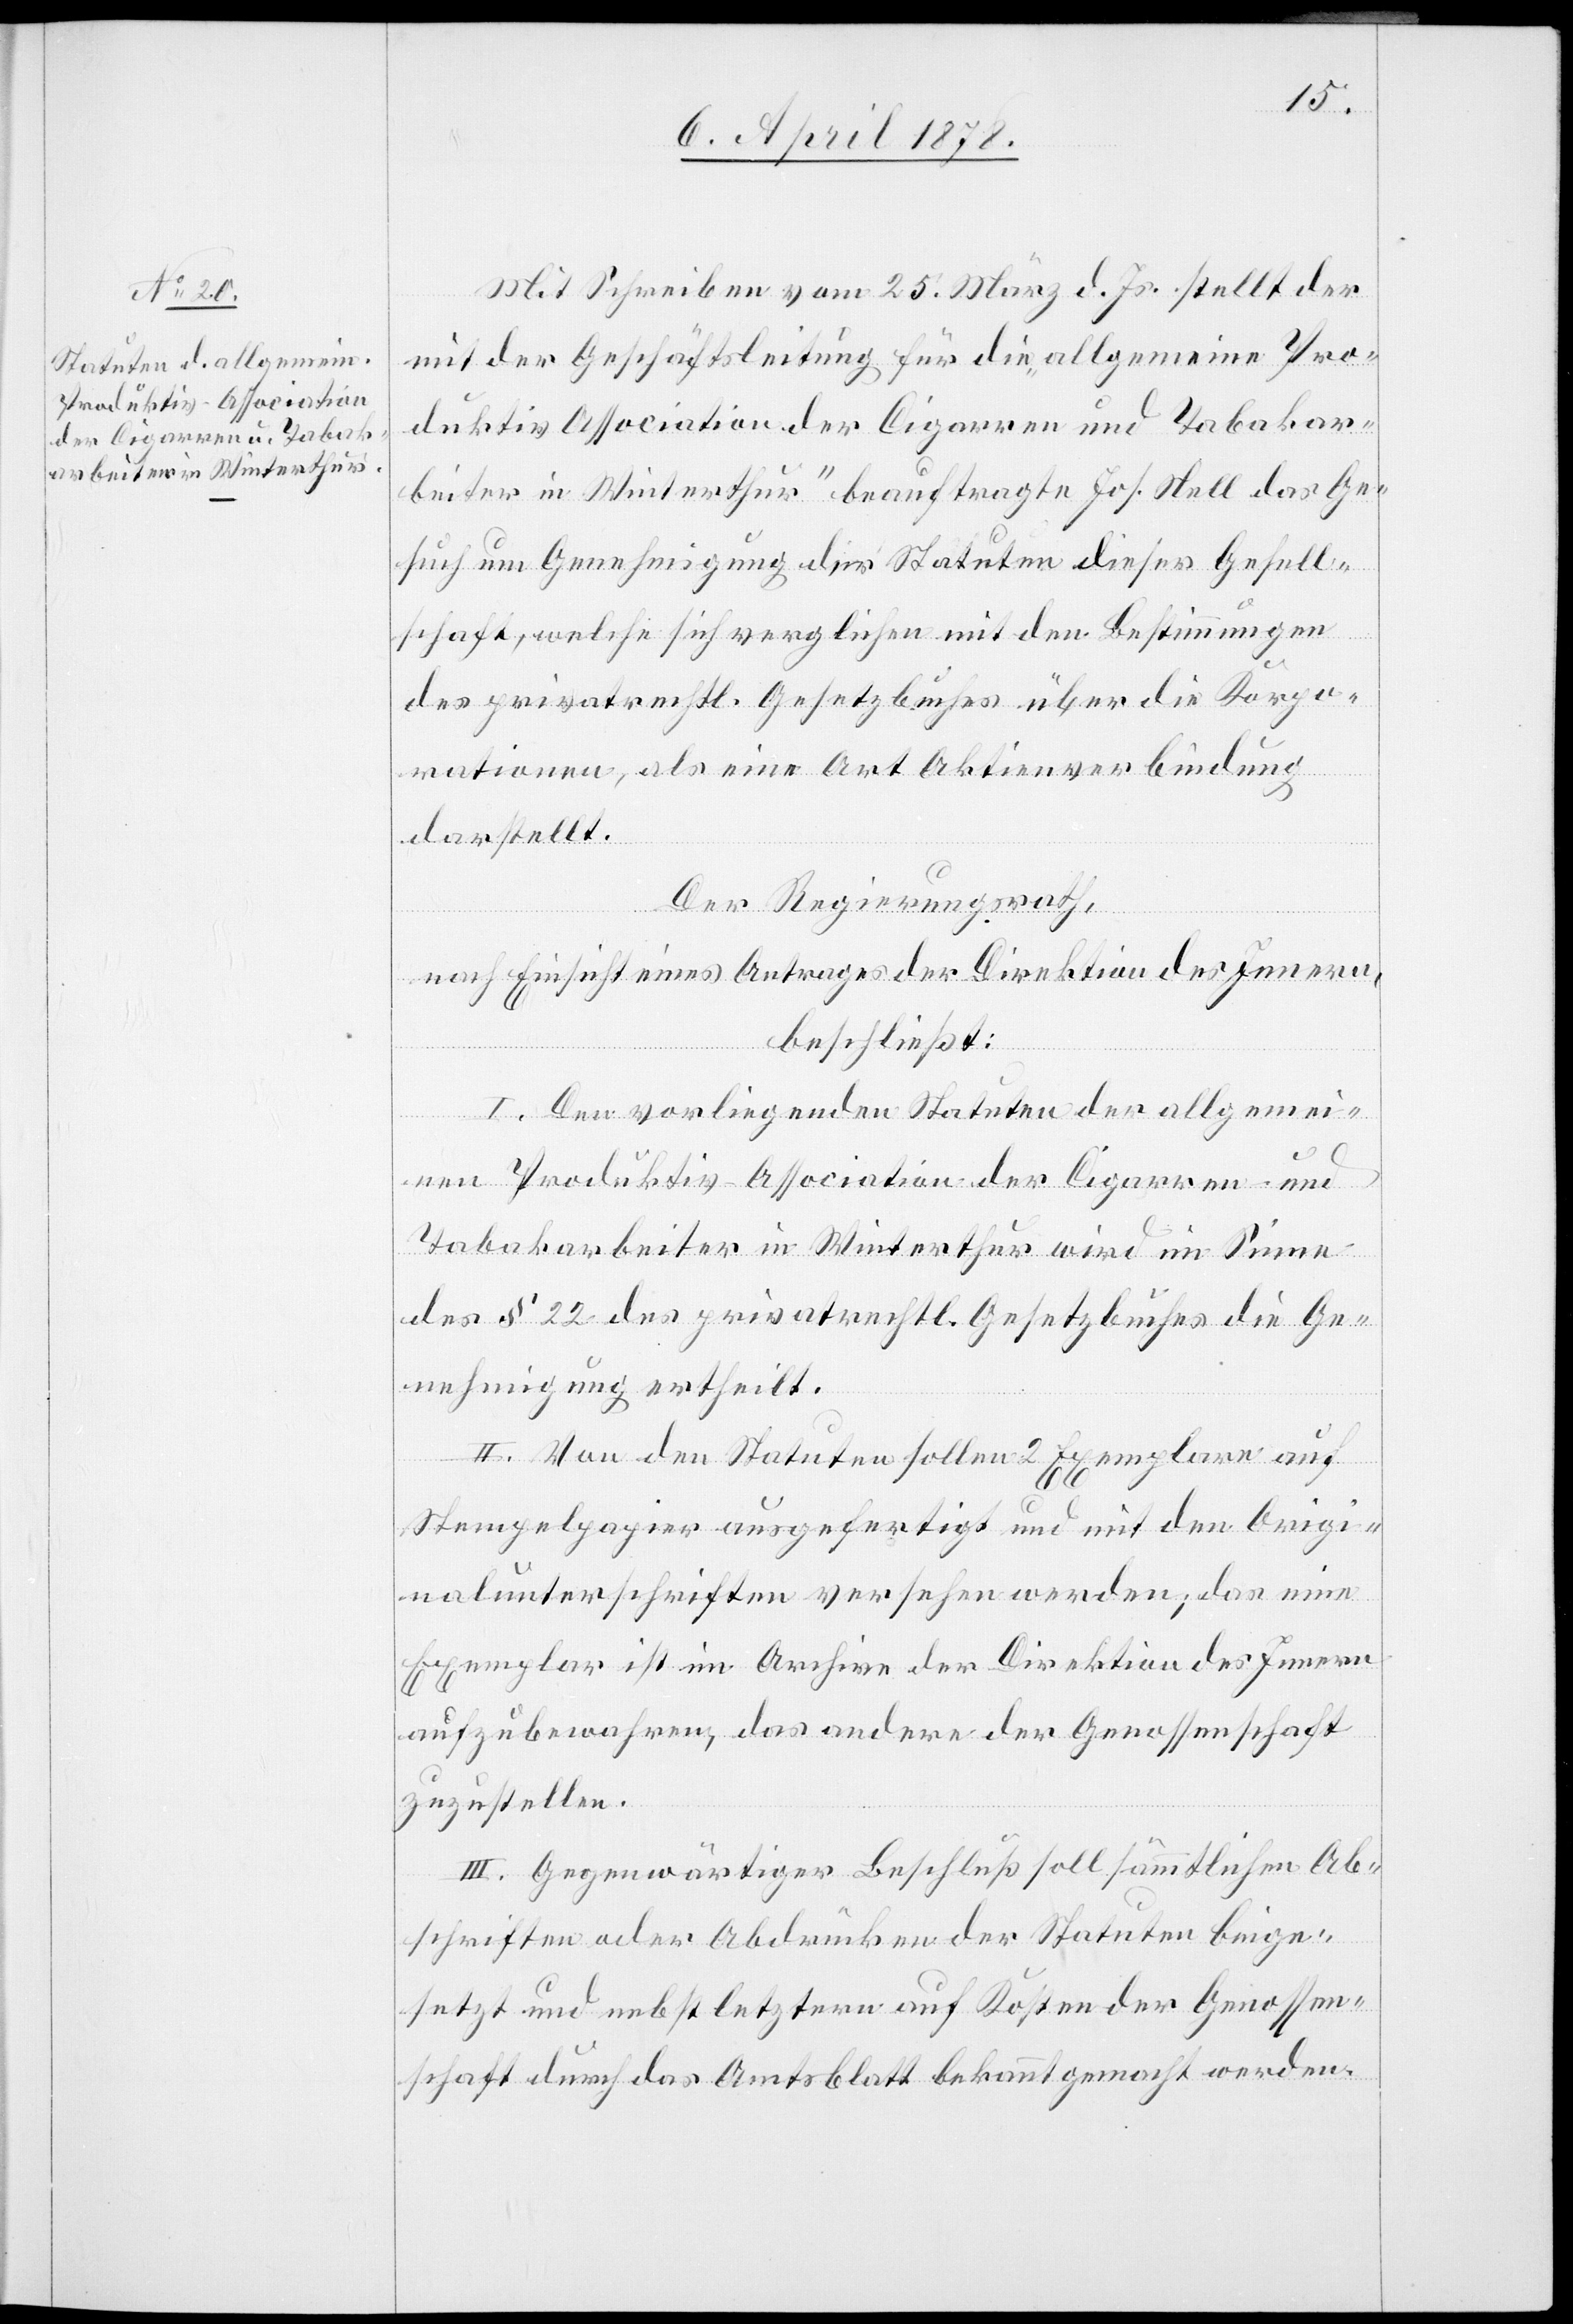
Mit Schreiben vom 25. März d. Js. stellt der
mit der Geschäftsleitung für die „allgemeine Pro¬
duktiv Association der Cigarren- und Tabakar¬
beiter in Winterthur“ beauftragte Jos. Hell das Ge¬
such um Genehmigung der Statuten dieser Gesell¬
schaft, welche sich verglichen mit den Bestimmungen
des privatrechtl. Gesetzbuches über die Korpo¬
rationen, als eine Art Aktienverbindung
darstellt.
Der Regierungsrath,
nach Einsicht eines Antrages der Direktion des Innern,
beschließt:
I. Den vorliegenden Statuten der allgemei¬
nen Produktiv-Association der Cigarren- und
Tabakarbeiter in Winterthur wird im Sinne
des § 22 des privatrechtl. Gesetzbuches die Ge¬
nehmigung ertheilt.
II. Von den Statuten sollen 2 Exemplare auf
Stempelpapier ausgefertigt und mit den Origi¬
nalunterschriften versehen werden; das eine
Exemplar ist im Archiv der Direktion des Innern
aufzubewahren, das andere der Genossenschaft
zuzustellen.
III. Gegenwärtiger Beschluß soll sämmtlichen Ab¬
schriften oder Abdrücken der Statuten beige¬
setzt und nebst letztern auf Kosten der Genossen¬
schaft durch das Amtsblatt bekannt gemacht werden.